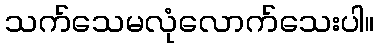
သက်သေမလုံလောက်သေးပါ။